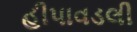
હીપાવડલી